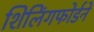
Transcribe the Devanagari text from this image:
शिलिंगफोर्डने